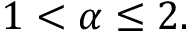
1 < \alpha \leq 2 .